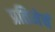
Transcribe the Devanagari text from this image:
प्रतिमेचं